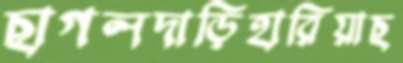
ছাগলদাড়িহারিয়াছ